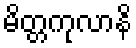
မိတ္တကုလာနိ